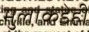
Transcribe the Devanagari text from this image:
मुलाकडेही